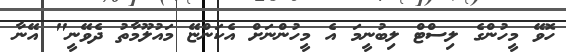
ހޮވޭ މީހުންގެ ލިސްޓް ލިބުނީމަ އެ މީހުންނަށް އެކަންޏޭ މައުލޫމާތު ދެވޭނީ" އޭނާ